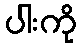
ပါးကို